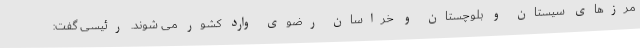
مرزهای سیستان و بلوچستان و خراسان رضوی وارد کشور می شوند. رئیسی گفت: